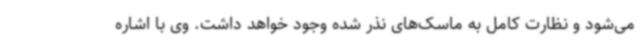
می‌شود و نظارت کامل به ماسک‌های نذر شده وجود خواهد داشت. وی با اشاره